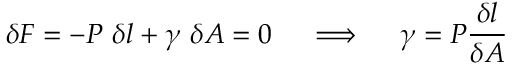
\delta F = - P ~ \delta l + \gamma ~ \delta A = 0 \quad \implies \quad \gamma = P { \frac { \delta l } { \delta A } }